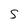
Character: 5